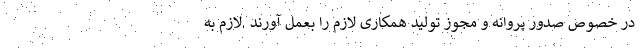
در خصوص صدور پروانه و مجوز تولید همکاری لازم را بعمل آورند .لازم به